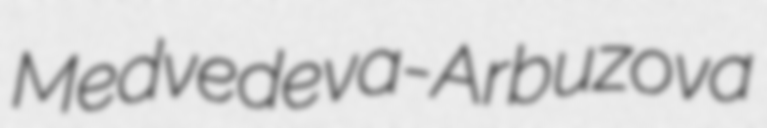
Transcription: Medvedeva-Arbuzova